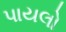
પાયલો